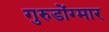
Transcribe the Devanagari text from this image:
गुरुडोंग्मार